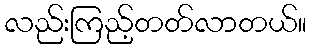
လည်းကြည့်တတ်လာတယ်။